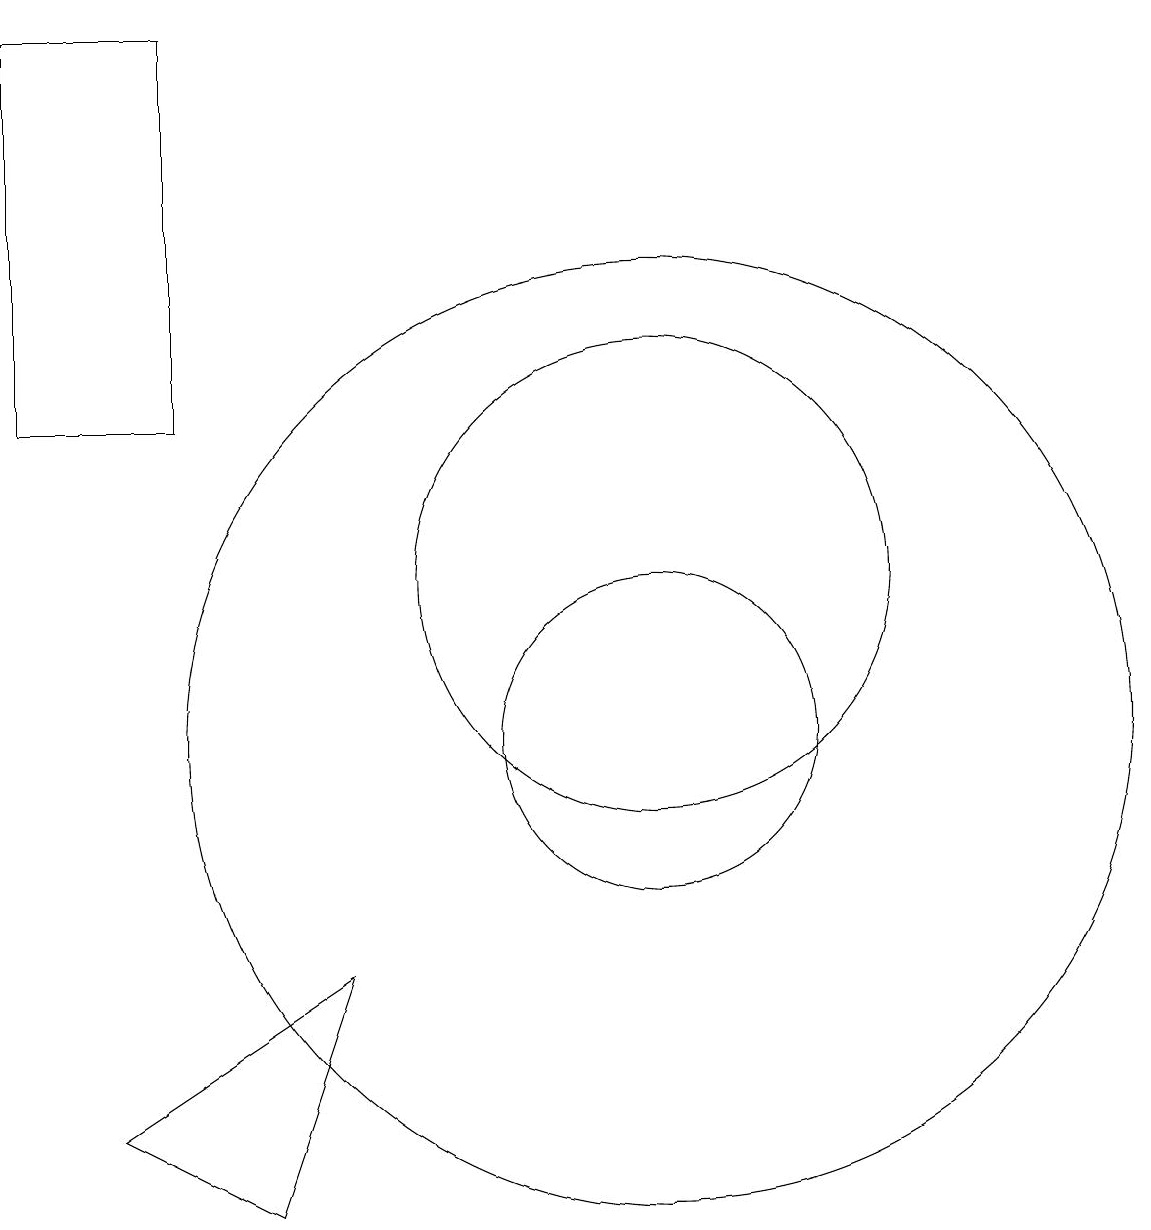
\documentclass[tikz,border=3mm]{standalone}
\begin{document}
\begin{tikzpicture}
\draw (5,19) rectangle (3,14);
\draw (11,10) circle (2);
\draw (11,12) circle (3);
\draw (11,10) circle (6);
\draw (7,7) -- (6,4) -- (4,5) -- cycle;
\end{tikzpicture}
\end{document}